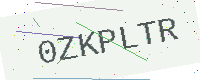
Text: 0ZKPLTR